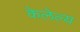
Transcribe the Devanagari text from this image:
केलेल्य